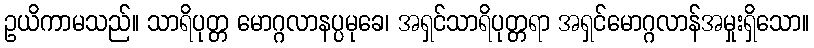
ဥယိကာမသည်။ သာရိပုတ္တ မောဂ္ဂလာနပ္ပမုခေ၊ အရှင်သာရိပုတ္တရာ အရှင်မောဂ္ဂလာန်အမှုးရှိသော။